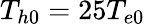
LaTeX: T_{h0}=25T_{e0}